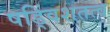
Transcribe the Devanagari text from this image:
षड्विंशतत्व